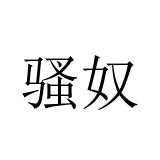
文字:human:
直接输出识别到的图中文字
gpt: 骚奴